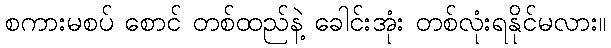
စကားမစပ် စောင် တစ်ထည်နဲ့ ခေါင်းအုံး တစ်လုံးရနိုင်မလား။